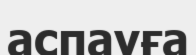
аспауға